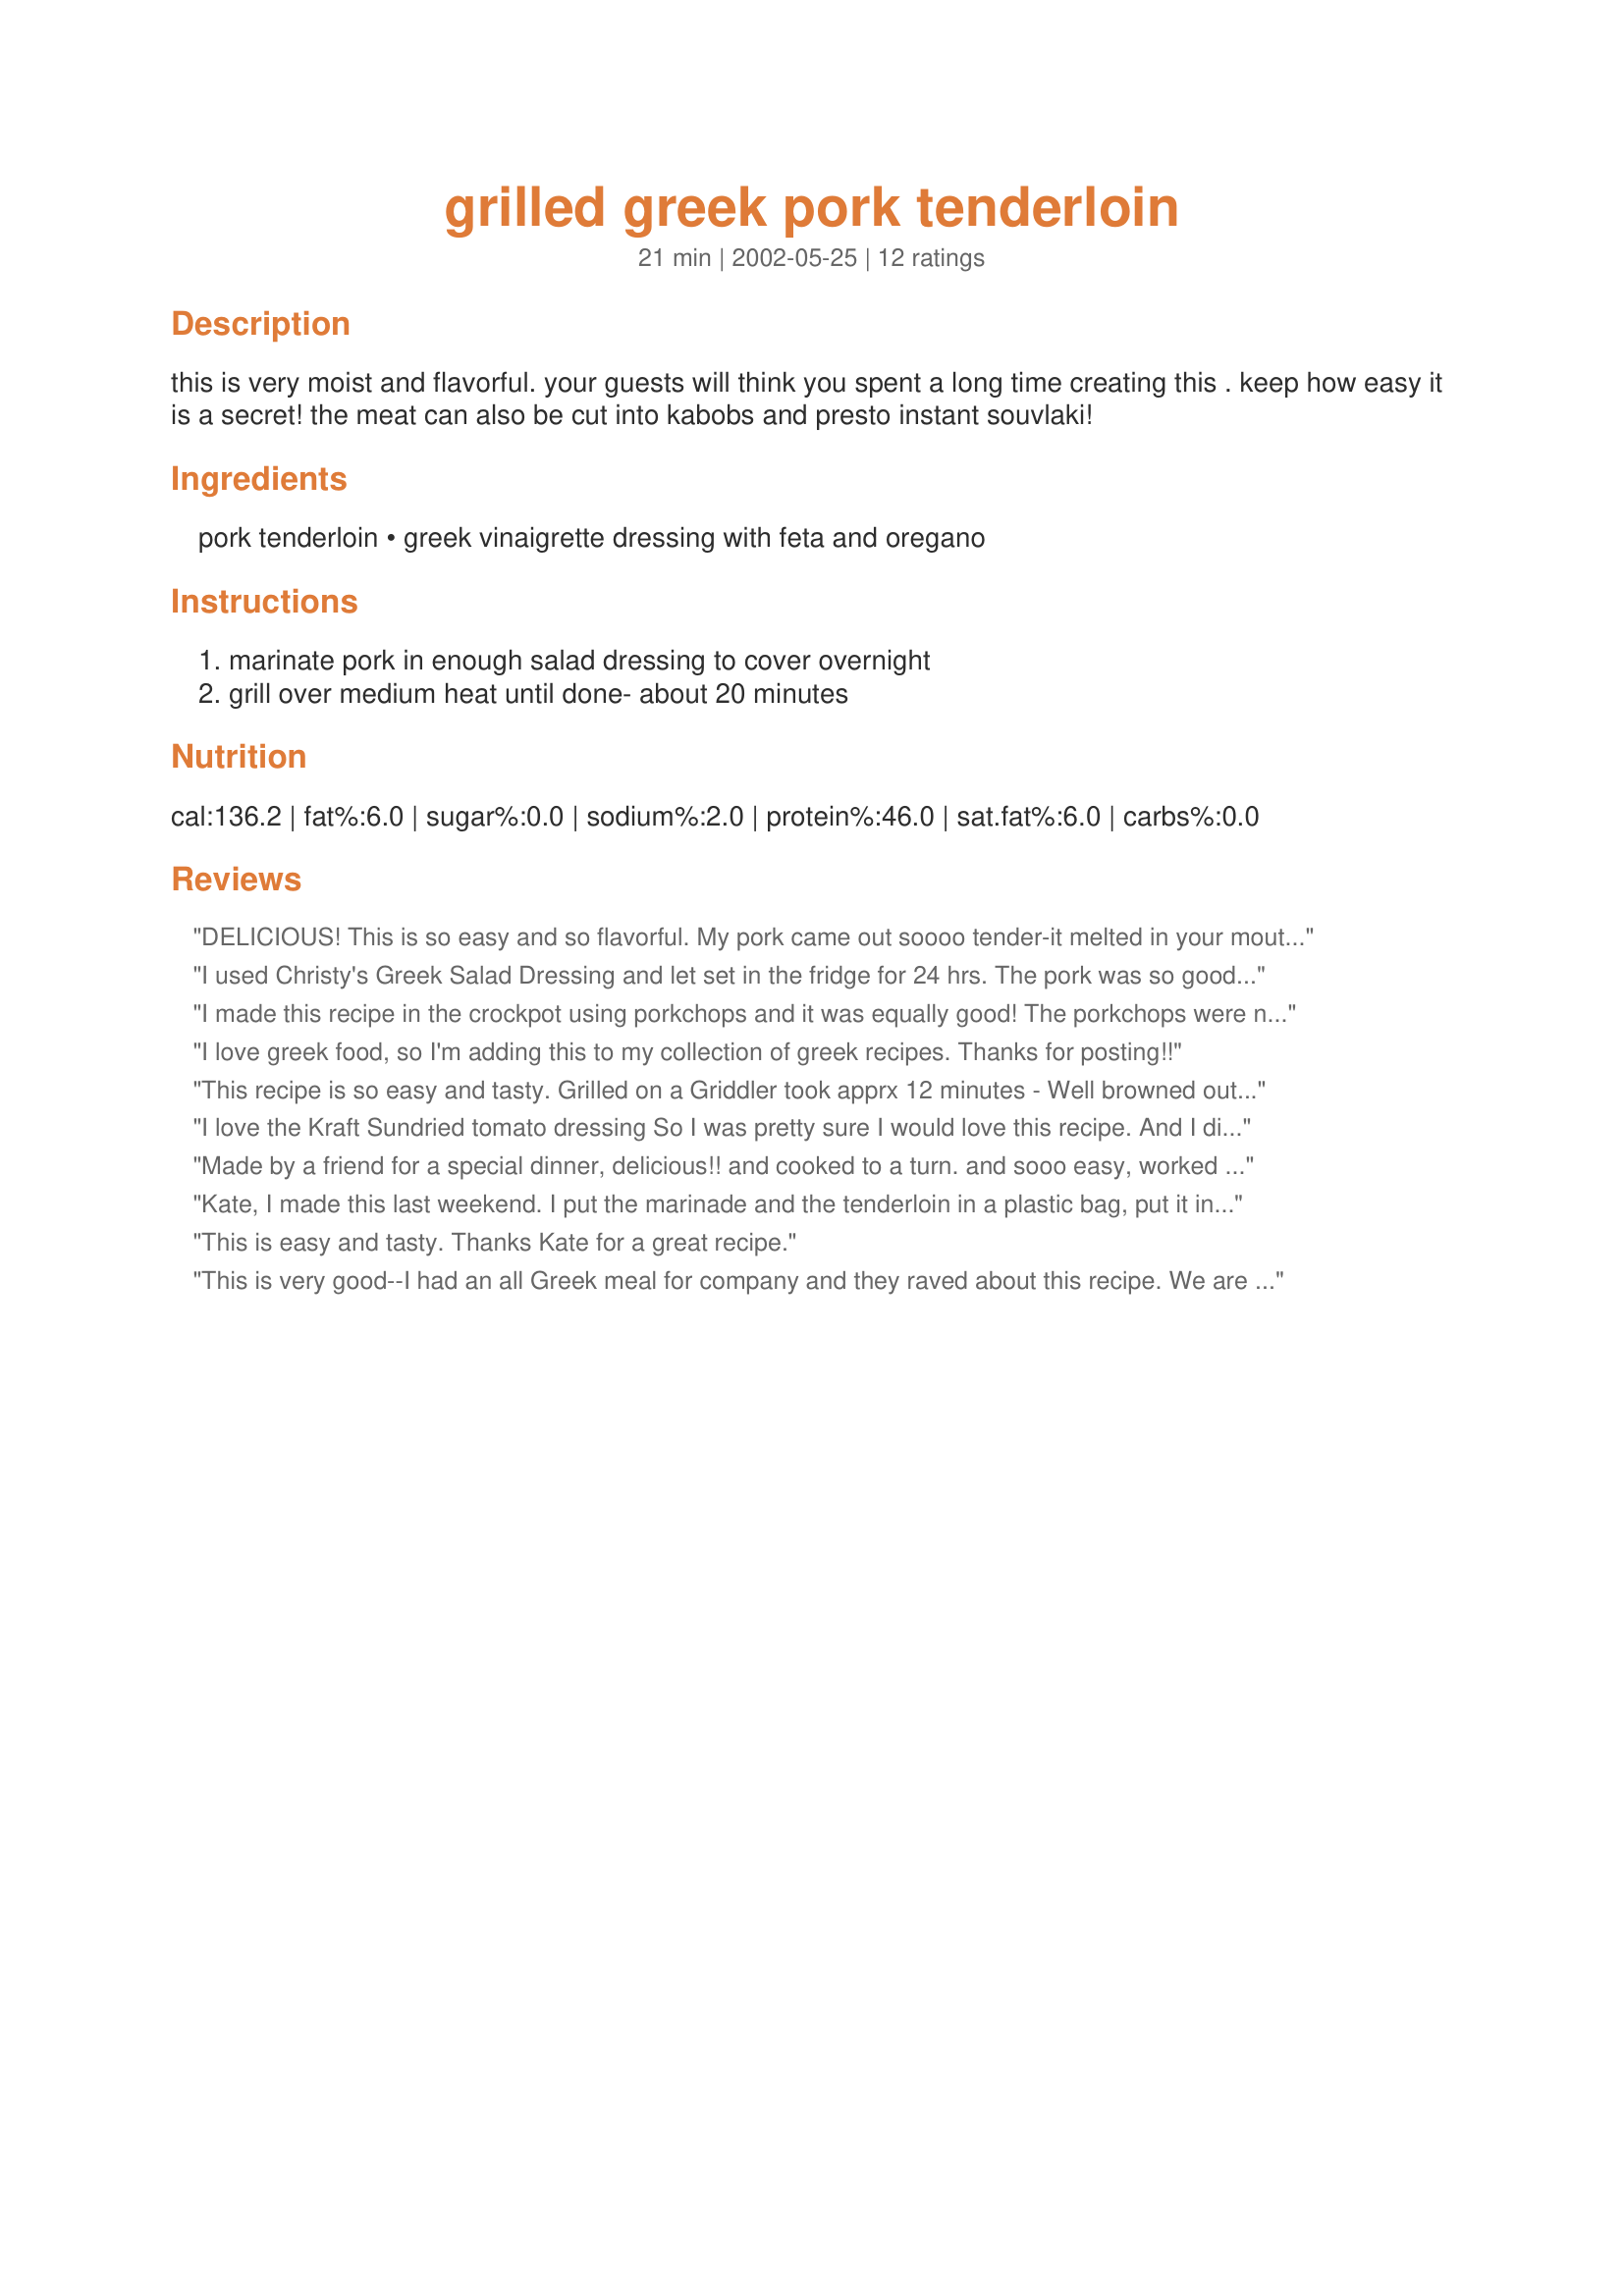
grilled greek pork tenderloin
Preparation time: 21 minutes

this is very moist and flavorful. your guests will think you spent a long time creating this . keep how easy it is a secret! the meat can also be cut into kabobs and presto instant souvlaki!

Ingredients:
pork tenderloin, greek vinaigrette dressing with feta and oregano

Steps:
marinate pork in enough salad dressing to cover overnight, grill over medium heat until done- about 20 minutes

Reviews:
DELICIOUS! This is so easy and so flavorful. My pork came out soooo tender-it melted in your mouth like butter. I used Kraft's Greek Vinaigrette, cut into 1" cubes after cooking and served w/ flatbread, chopped tomatoes, sliced onions, baby spinach leaves, Recipe #83189, and Recipe #87782 w/ green beans added. Thank you for a wonderful recipe!!! UPDATE: I've made this several times now-one of my fav recipes! One time, I had an extra tenderloin so I placed it in a storage bag w/ the dressing and put in the freezer. Day I wanted to use it, I placed in fridge to defrost during the day and grilled as directed. Also, I cook my tenderloins 18 minutes to 160F and let rest 5 minutes-raising temp to 170F. If you have leftovers---makes excellent hot pork sandwiches! Thank you again, Kate!!!
I used Christy's Greek Salad Dressing and let set in the fridge for 24 hrs. The pork was so good and had such flavor! Doesn't get much easier than this one folks! Thanks for sharing!
I made this recipe in the crockpot using porkchops and it was equally good! The porkchops were nice and tender. I served it with lemon roasted potatoes and greek salad.
I love greek food, so I'm adding this to my collection of greek recipes. Thanks for posting!!
This recipe is so easy and tasty. Grilled on a Griddler took apprx 12 minutes - Well browned outside, tender & Moist inside. Shared with friends for a fun dinner party!
I love the Kraft Sundried tomato dressing So I was pretty sure I would love this recipe. And I did. 5 stars all the way. My kids ate it, thinking it was "steak" It was very tender, and juicy! 
 
 I didnt read the recipe the night before and marinate it all night. It marinated only 4 hours, and I did add some minced garlic as another reveiwer suggested. This was kick Butt, low cal, low fat. It will be made in my house once a month for sure! Thanks for a great recipe!
Made by a friend for a special dinner, delicious!! and cooked to a turn. and sooo easy, worked beautifully on the grill , I will certaining try it next time I have a pork tenderloin. Thanks Kate and Bergy we thouroly enjoyed it!!
Kate, I made this last weekend. I put the marinade and the tenderloin in a plastic bag, put it in the fridge for the afternoon. I BBQ'ed for not quite 20 minutes. It was delicious. Very moist and tender. I'll be doing this again for sure. Thanks, Kate.
This is easy and tasty. Thanks Kate for a great recipe.
This is very good--I had an all
Greek meal for company and they 
raved about this recipe. We are 
garlic lovers, and I did add 2 Tbsp.of minced garlic to the marinade. I will definitely use this delicious and easy recipe again.
The marinade adds so much flavor to the pork tenderloin and was moist and delicious! I used http://www.food.com/recipe/kittencals-greek-feta-salad-dressing-427576 for the marinade. Grilled for about 20 minutes. Thank you Kate for this most wonderful recipe!
Awesome! I used the dressing (and some extra garlic as someone else suggested) for some boneless pork sirloin steaks. Took one out after one night and grilled, and it was okay, but when we made the rest of them the next day--wow!!! My sister, who claims she doesn't like pork, even loved it and can't wait to try the marinade on chicken. Any of the kraft vinaigrette dressings make awesome marinades for pork, chicken, even beef and some even work for some types of fish. Try it! It's a great, simple marinade. Overnight is always the best way to go on them for marinating time though. A couple of hours just doesn't seem to offer the same lovely flavor! For chicken, match the dressing you used on the meat, and use the leftovers for salad, just chop up and add more dressing when you put it over your favorite greens!
